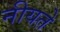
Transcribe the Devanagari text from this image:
नीयते